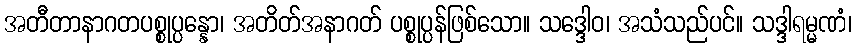
အတီတာနာဂတပစ္စုပ္ပန္နော၊ အတိတ်အနာဂတ် ပစ္စုပ္ပန်ဖြစ်သော။ သဒ္ဒေါဝ၊ အသံသည်ပင်။ သဒ္ဒါရမ္မဏံ၊